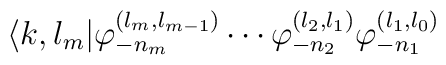
\langle k,l_m|\varphi_{-n_m}^{(l_m,l_{m-1})}\cdots\varphi_{-n_2}^{(l_{2},l_1)}\varphi_{-n_1}^{(l_{1},l_0)}